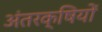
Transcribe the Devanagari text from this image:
अंतरक्षियों